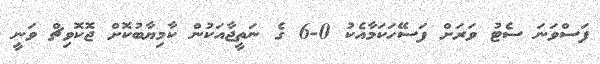
ފަސްވަނަ ސެޓު ވަރަށް ފަސޭހަކަމާއެކު 0-6 ގެ ނަތީޖާއަކުން ކާމިޔާބުކޮށް ޖޮކޮވިޗް ވަނީ